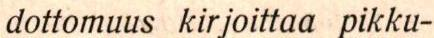
dottomuus kirjoittaa pikku-